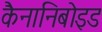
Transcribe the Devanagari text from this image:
कैनानिबोइड